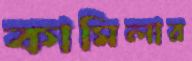
কামিলার